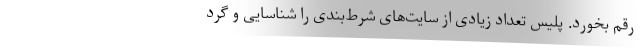
رقم بخورد. پلیس تعداد زیادی از سایت‌های شرط‌بندی را شناسایی و گرد